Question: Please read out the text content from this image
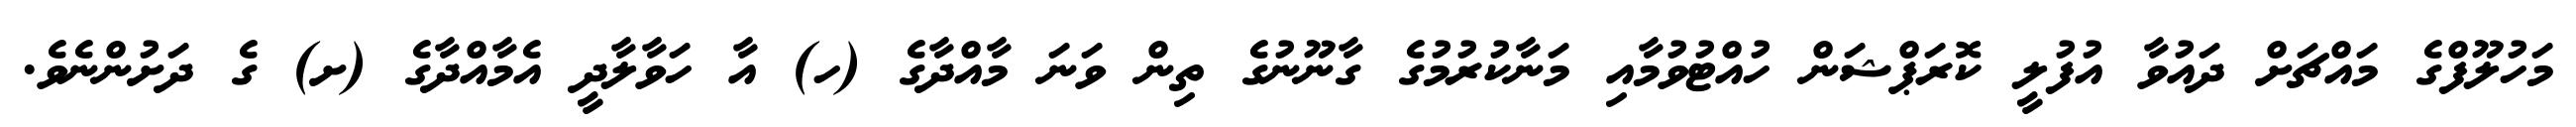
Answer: މަހުލޫފްގެ މައްޗަށް ދައުވާ އުފުލީ ކޮރަޕްޝަން ހުއްޓުވުމާއި މަނާކުރުމުގެ ގާނޫނުގެ ތިން ވަނަ މާއްދާގެ (ހ) އާ ހަވާލާދީ އެމާއްދާގެ (ށ) ގެ ދަށުންނެވެ.